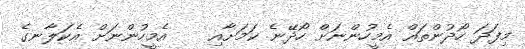
މިފަދަ ހޯދުންތައް އެމީހުންނަށް ހޯދޭނެ ކަމަށާއި    އެމީހުންނަށް އެކަލާނގެ